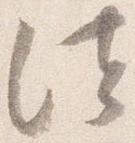
法